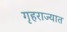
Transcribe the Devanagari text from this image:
गृहराज्यात